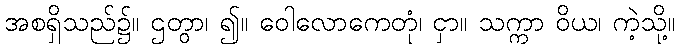
အစရှိသည်၌။ ဌတွာ၊ ၍။ ဝေါလောကေတုံ၊ ငှာ။ သက္ကာ ဝိယ၊ ကဲ့သို့။